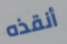
أنقذه